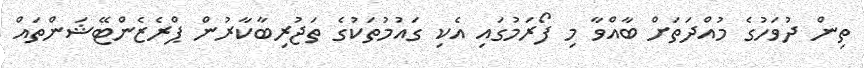
ތިން ދުވަހުގެ މުއްދަތަށް ބާއްވާ މި ފޯރަމުގައި އެކި ގައުމުތަކުގެ ތަޖުރިބާކާރުން ޕްރެޒެންޓޭޝަންތައް